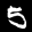
Label: 5